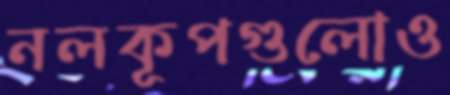
নলকূপগুলোও